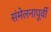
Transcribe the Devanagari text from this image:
संमेलनापूर्वी